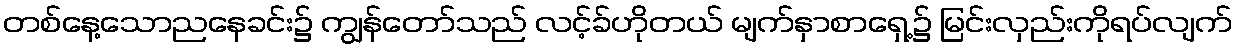
တစ်နေ့သောညနေခင်း၌ ကျွန်တော်သည် လင့်ခ်ဟိုတယ် မျက်နှာစာရှေ့၌ မြင်းလှည်းကိုရပ်လျက်